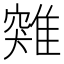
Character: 𩀆